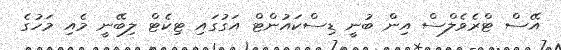
އޭސް ޓްރެވެލްސް އިން ބުނީ ޑިސްކައުންޓް އަގުގައި ޓިކެޓް ލިބޭނީ މެއި މަހުގެ